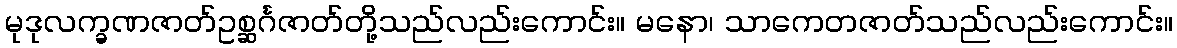
မုဒုလက္ခဏဇာတ်ဥစ္ဆင်္ဂဇာတ်တို့သည်လည်းကောင်း။ မနော၊ သာကေတဇာတ်သည်လည်းကောင်း။